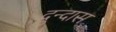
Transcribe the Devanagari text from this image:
दुन्दास